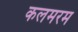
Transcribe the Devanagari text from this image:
कलमरम